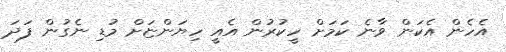
އެހެން އެކަން ވާނެ ކަމަށް ހީކުރުން އެއީ ހިޔަންޏަށް މުޑި ނެގުން ފަދަ